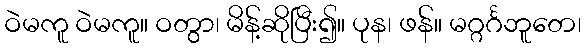
ဝဲမကူ ဝဲမကူ။ ဝတွာ၊ မိန့်ဆိုပြီး၍။ ပုန၊ ဖန်။ မဂ္ဂင်္ဂဘူတေ၊